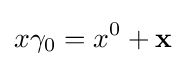
x\gamma _{0}=x^{0}+\mathbf {x}